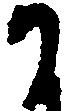
か